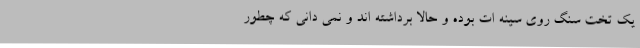
یک تخت سنگ روی سینه ات بوده و حالا برداشته اند و نمی دانی که چطور